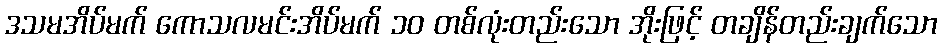
ဒသမအိပ်မက် ကောသလမင်းအိပ်မက် ၁၀ တစ်လုံးတည်းသော အိုးဖြင့် တချိန်တည်းချက်သော